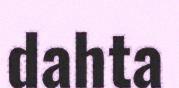
dahta